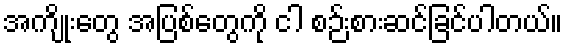
အကျိုးတွေ အပြစ်တွေကို ငါ စဉ်းစားဆင်ခြင်ပါတယ်။